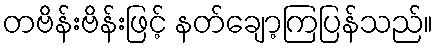
တဗိန်းဗိန်းဖြင့် နတ်ချော့ကြပြန်သည်။